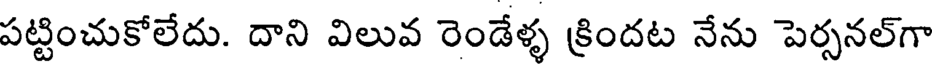
పట్టించుకోలేదు. దాని విలువ రెండేళ్ళ క్రిందట నేను పెర్సనల్గా